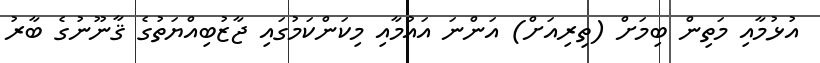
އުޅުމާއި މަތިން ބިމަށް (ތިރިއަށް) އަންނަ އައުމާއި މިކަންކަމުގައި ޖާޒުބިއްޔަތުގެ ޤާނޫނުގެ ބާރު